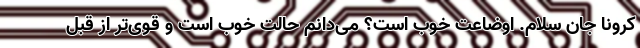
کرونا جان سلام. اوضاعت خوب است؟ می‌دانم حالت خوب است و قوی‌تر از قبل